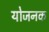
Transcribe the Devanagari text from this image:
योजनक